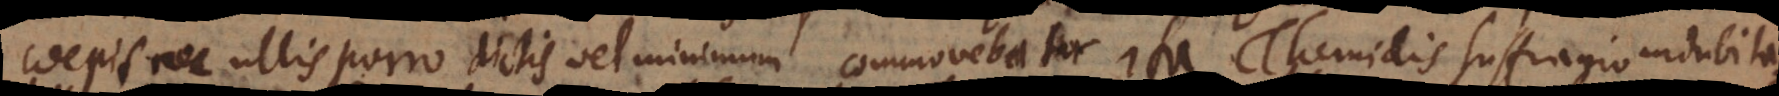
coepit, nec ullis porro dictis vel minimum commovebatur. Ita Themidis suffragio indubita